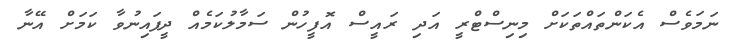
ނަމަވެސް އެކަންތައްތަކަށް މިނިސްޓްރީ އަދި ރައީސް އޮފީހުން ސަމާލުކަމެއް ދީފައިނުވާ ކަމަށް އޭނާ